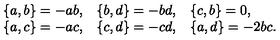
\begin{array} { l l l } { \{ a , b \} = - a b , } & { \{ b , d \} = - b d , } & { \{ c , b \} = 0 , } \\ { \{ a , c \} = - a c , } & { \{ c , d \} = - c d , } & { \{ a , d \} = - 2 b c . } \\ \end{array}